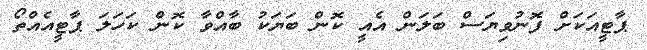
ޕާޓީއަކަށް ފޮނުވިޔަސް ބަލަން އެއީ ކޮން ބަޔަކު ބާއްވާ ކޮން ކަހަލަ ޕާޓީއެއްތޯ